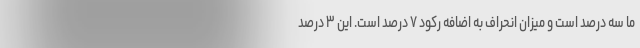
ما سه درصد است و میزان انحراف به اضافه رکود ۷ درصد است. این ۳ درصد